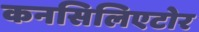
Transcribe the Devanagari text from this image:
कनसिलिएटोर